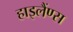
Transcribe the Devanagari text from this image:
हाइलैंण्स